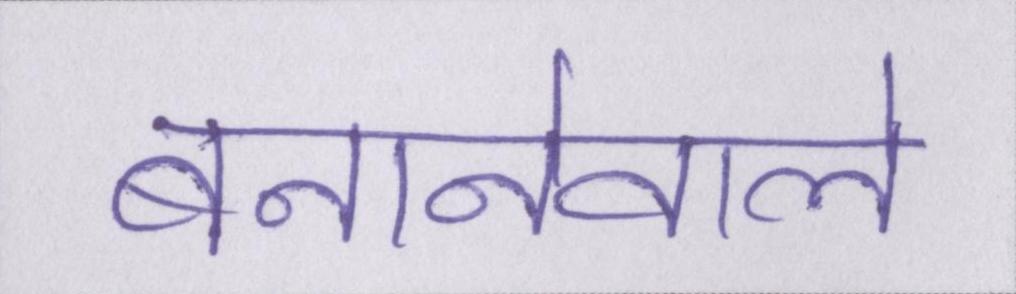
बनानेवाले